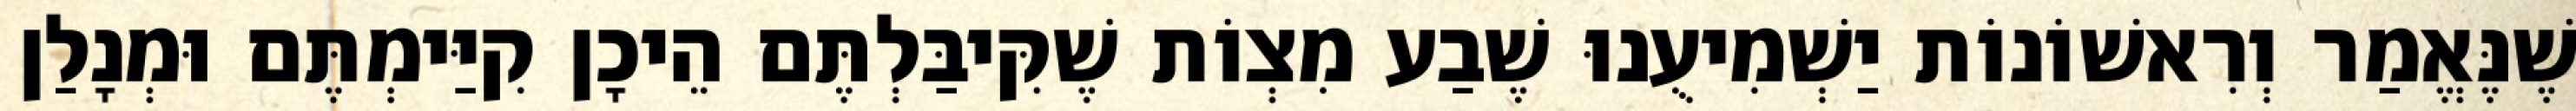
שֶׁנֶּאֱמַר וְרִאשׁוֹנוֹת יַשְׁמִיעֻנוּ שֶׁבַע מִצְוֹת שֶׁקִּיבַּלְתֶּם הֵיכָן קִיַּימְתֶּם וּמְנָלַן